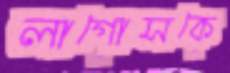
লাগোসকে